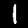
Digit: 1